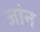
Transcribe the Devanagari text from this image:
जांन